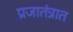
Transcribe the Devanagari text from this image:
प्रजातंत्रात